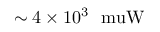
\mathrm { \sim 4 \times 1 0 ^ { 3 } ~ \ m u W }